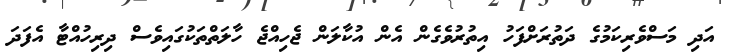
އަދި މަސްވެރިކަމުގެ ދަތުރަށްފަހު އިތުރުވެގެން އެން އުކާލަން ޖެހިއްޖެ ހާލަތްތަކުގައިވެސް ދިރިހުއްޓާ އެފަދަ